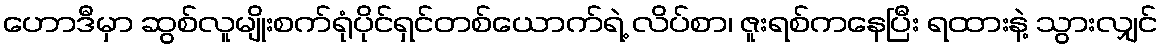
ဟောဒီမှာ ဆွစ်လူမျိုးစက်ရုံပိုင်ရှင်တစ်ယောက်ရဲ့ လိပ်စာ၊ ဇူးရစ်ကနေပြီး ရထားနဲ့ သွားလျှင်